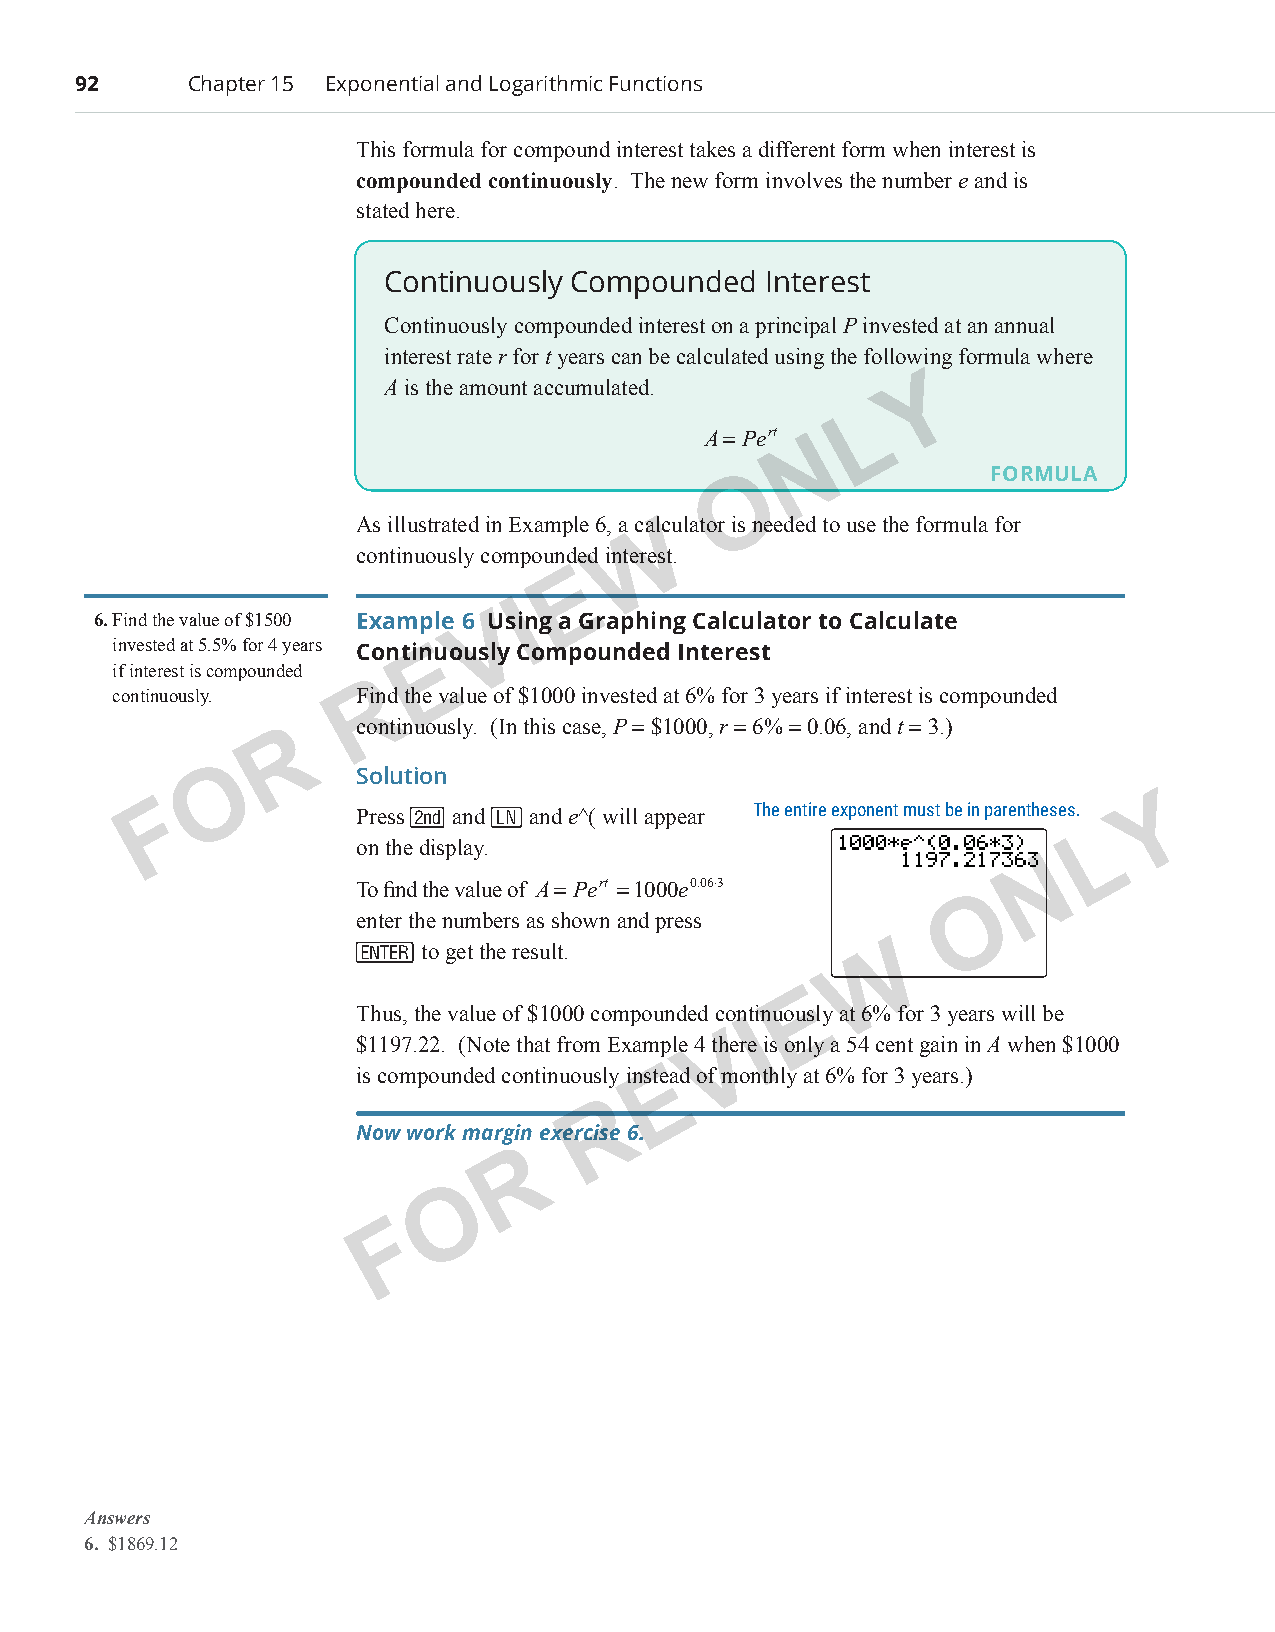
92      Chapter 15 Exponential and Logarithmic Functions
 This formula for compound interest takes a different form when interest is
 compounded continuously. The new form involves the number e and is
 stated here.
 Continuously Compounded  Interest
 Continuously compounded interest on a principal P invested at an annual
 interest rate r for t years can be calculated using the following formula where
 A is the amount accumulated.       Y
 L
 A= Pert N
 O                FORMULA
 As illustrated in Example 6, a calculator is needed to use the formula for
 W
 continuously compounded interest.
 E
 I
 6. Find the value of $1500 Example 6 VUsing a Graphing Calculator to Calculate
 invested at 5.5% for 4 years ContinEuously Compounded Interest
 if interest is compounded
 R
 continuously.   Find the value of $1000 invested at 6% for 3 years if interest is compounded
 continuously. (In this case, P = $1000, r = 6% = 0.06, and t = 3.)
 R
 O         Solution
 F            Press  and  and e^( will appear The entire exponent must be in parentheses. Y
 L
 on the display.
 N
 To find the value of A= Pert =1000e0.06⋅3
 O
 enter the numbers as shown and press
    to get the result.           W
 E
 Thus, the value of $1000 compounded continuously at 6% for 3 years will be
 I
 $1197.22. (Note that from Example 4 thVere is only a 54 cent gain in A when $1000
 is compounded continuously insteEad of monthly at 6% for 3 years.)
 R
 Now work margin exercise 6.
 R
 O
 F
 Answers
 6. $1869.12
 PCM_Marketing_Booklet.indb 92                                            10/11/2017 10:04:05 AM